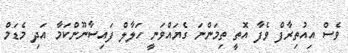
ވެސް އިއުތިރާފް ވެފާ އޮތީ ތިމަންނަ ގެޔައްވަނީ ހަލާލް ފައިސާނޫންކަމާ އަދި މެޑަމް